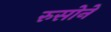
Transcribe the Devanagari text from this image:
रुसोने